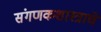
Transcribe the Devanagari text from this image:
संगणकशास्त्राचे